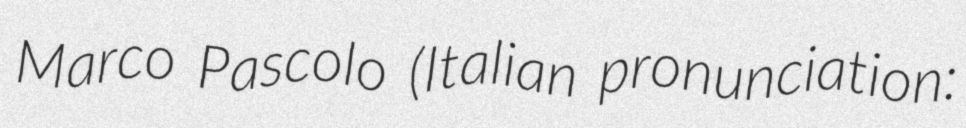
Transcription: Marco Pascolo (Italian pronunciation: